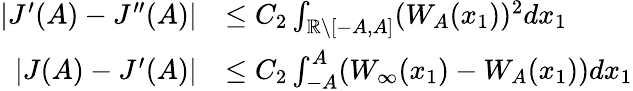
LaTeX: \begin{array}{rl}{|J^{\prime}(A)-J^{\prime\prime}(A)|}&{\leq C_{2}\int_{\mathbb{R}\backslash[-A,A]}(W_{A}(x_{1}))^{2}dx_{1}}\\ {|J(A)-J^{\prime}(A)|}&{\leq C_{2}\int_{-A}^{A}(W_{\infty}(x_{1})-W_{A}(x_{1}))dx_{1}}\end{array}